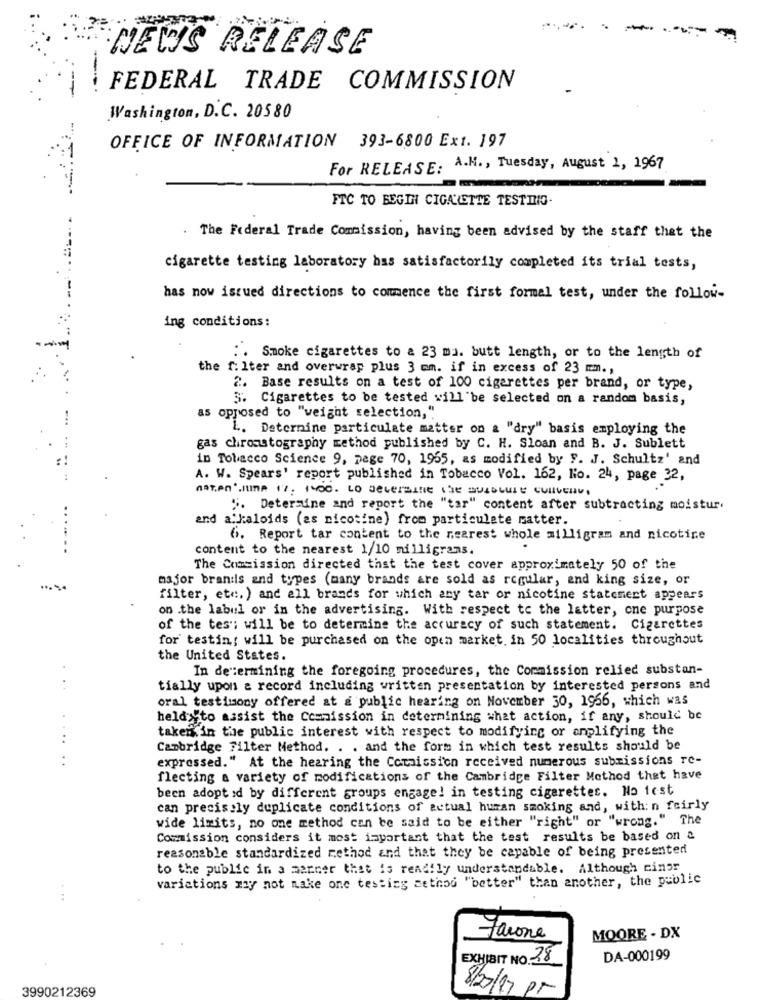
----
NEWS RELEASE
---
FEDERAL TRADE COMMISSION
Washington, D.C. 20580
OFFICE OF INFORMATION 393-6800 Ext. 197
For RELEASE. A.N ., Tuesday, August 1, 1967
=
FTC TO BEGIN CIGARETTE TESTINO-
. The Federal Trade Commission, having been advised by the staff that the
cigarette testing laboratory has satisfactorily completed its trial tests,
has now istued directions to commence the first formal test, under the follow-
ing conditions:
: . Smoke cigarettes to a 23 ma. butt length, or to the length of
the f. Iter and overwrap plus 3 mm. if in excess of 23 mm .,
2. Base results on a test of 100 cigarettes per brand, or type,
5. Cigarettes to be tested will be selected on a random basis,
as opposed to "weight selection,"
L. Deternine particulate matter on a "dry" basis employing the
gas chromatography method published by C. H. Sloan and B. J. Sublett
in Tobacco Science 9, page 70, 1965, as modified by F. J. Schultz' and
A. W. Spears' report published in Tobacco Vol. 162, Ho. 24, page 32,
ASTAn JIMA 1%; 1400. to determine the SuistuLe collleur,
". Determine and report the "tar" content after subtracting moistur.
and alkaloids (as nicotine) from particulate matter.
6. Report tar content to the nearest whole milligram and nicotine
content to the nearest 1/10 milligrams.
The Commission directed that the test cover approximately 50 of the
major brands and types (many brands are sold as regular, and king size, or
filter, etc. ) and all brands for which any tar or nicotine statement appears
on .the label or in the advertising. With respect to the latter, cne purpose
of the tes"; will be to determine the accuracy of such statement. Cigarettes
for' testing will be purchased on the open market. in 50 localities throughout
the United States.
In de termining the foregoing procedures, the Commission relied substan-
tially upon & record including written presentation by interested persons and
oral testimony offered at & public hearing on November 30, 1966, which was
heldyto assist the Commission in determining what action, if any, should be
taken in the public interest with respect to modifying or amplifying the
..
Cambridge Filter Method. . . and the form in which test results should be
..
expressed." At the hearing the Commission received numerous submissions re-
flecting a variety of modifications of the Cambridge Filter Method that have
been adopt :d by different groups engage! in testing cigarettes. No iost
can precis ly duplicate conditions of actual human smoking and, with: n fairly
wide limits, no one method can be said to be either "right" or "wrong." The
Commission considers it most important that the test results be based on a
reasonable standardized method and that they be capable of being presented
to the public in a manner that is readily understandable. Although cingr
variations may not make one testing atthod "better" than another, the public
Jacona
MOORE - DX
EXHIBIT NO. 28
DA-000199
3990212369
8/27/17 pt